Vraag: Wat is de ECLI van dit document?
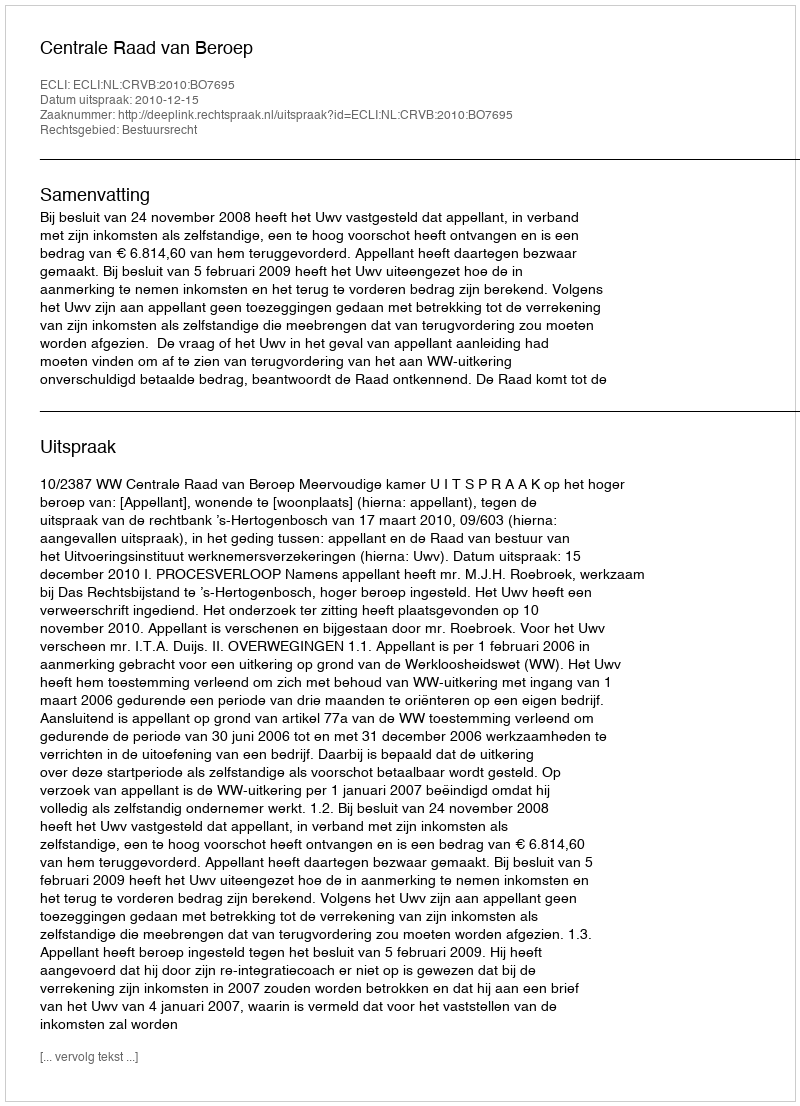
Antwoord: ECLI:NL:CRVB:2010:BO7695